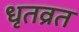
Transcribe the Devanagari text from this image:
धृतव्रत